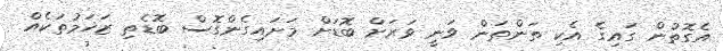
އެގޮތުން ގައިގެ އެކި ތަންތަން ވަނީ ވަރަށް ބޮޑަށް މަށައިގެންގޮސް ބޮޑެތި ޒަޚަމުތަކެއް